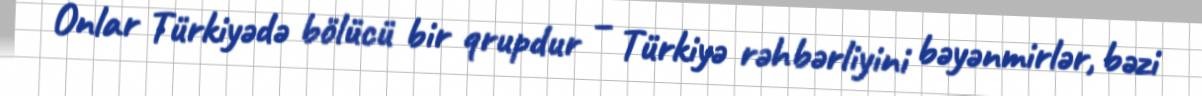
Onlar Türkiyədə bölücü bir qrupdur – Türkiyə rəhbərliyini bəyənmirlər, bəzi